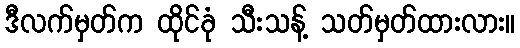
ဒီလက်မှတ်က ထိုင်ခုံ သီးသန့် သတ်မှတ်ထားလား။